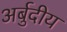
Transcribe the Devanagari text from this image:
अर्बुदीय